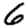
Digit: 6